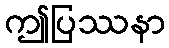
ဤပြဿနာ